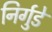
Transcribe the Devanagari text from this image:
निर्गुडे